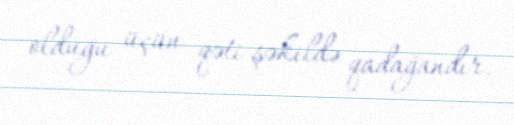
olduğu üçün qəti şəkildə qadağandır.